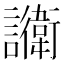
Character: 𬣔